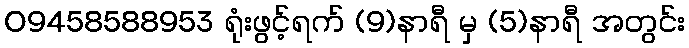
09458588953 ရုံးဖွင့်ရက် (9)နာရီ မှ (5)နာရီ အတွင်း